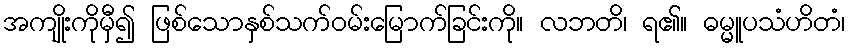
အကျိုးကိုမှီ၍ ဖြစ်သောနှစ်သက်ဝမ်းမြောက်ခြင်းကို။ လဘတိ၊ ရ၏။ ဓမ္မူပသံဟိတံ၊